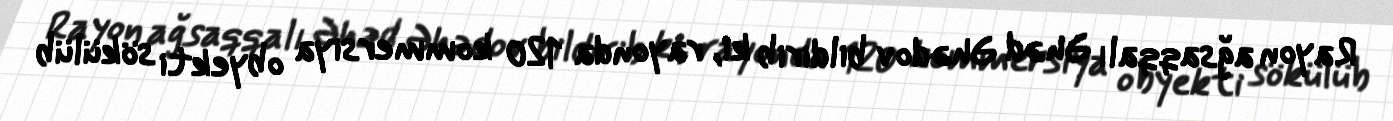
Rayon ağsaqqalı Əhəd Əhədov bildirib ki, rayonda 120 kommersiya obyekti sökülüb